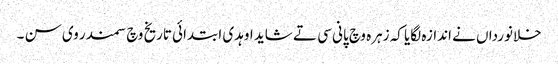
خلانورداں نے اندازہ لگایا کہ زہرہ وچ پانی سی تے شاید اوہدی ابتدائی تاریخ وچ سمندر وی سن ۔